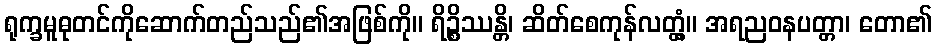
ရုက္ခမူဓုတင်ကိုဆောက်တည်သည်၏အဖြစ်ကို။ ရိဉ္စိဿန္တိ၊ ဆိတ်စေကုန်လတ္တံ့။ အရညဝနပတ္တာ၊ တော၏